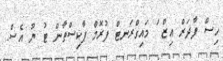
ހިސް ފާދަރް އިޒް ަ މައިގްރަނޓް ފުރޮމް ޕާކިސްތާން ޓު ޔޫ އެސް.